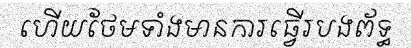
ហើយថែមទាំងមានការធ្វើរបងព័ទ្ធ